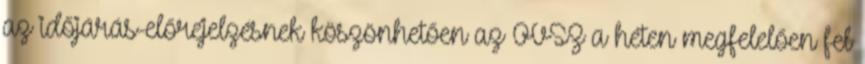
az időjárás-előrejelzésnek köszönhetően az OVSZ a héten megfelelően fel